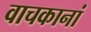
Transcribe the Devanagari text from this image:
वाचकानां